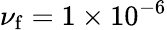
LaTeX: \nu_{\mathrm{f}}=1\times 10^{-6}